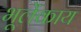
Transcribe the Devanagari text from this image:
भूलेंकाय